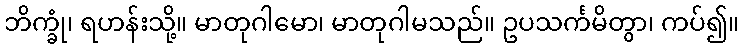
ဘိက္ခုံ၊ ရဟန်းသို့။ မာတုဂါမော၊ မာတုဂါမသည်။ ဥပသင်္ကမိတွာ၊ ကပ်၍။